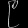
Digit: ၉